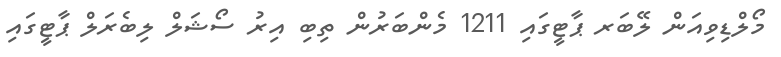
މޯލްޑިވިއަން ލޭބަރ ޕާޓީގައި 1211 މެންބަރުން ތިބި އިރު ސޯޝަލް ލިބެރަލް ޕާޓީގައި